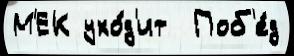
М'ЕК ухо́д'ит  Поб'е́д